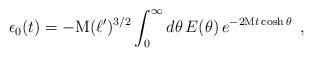
LaTeX: \begin{align*}\epsilon_{0}(t)=-\textrm{M} (\ell')^{3/2} \int_{0}^{\infty} d\theta\, E(\theta)\,e^{-2 \textrm{M} t \cosh\theta}\,\,\,,\end{align*}